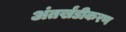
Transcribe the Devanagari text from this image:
अंतर्खंडीकरण